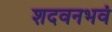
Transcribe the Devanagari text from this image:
शदवनभवं